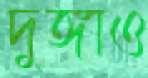
দুঙ্গাও